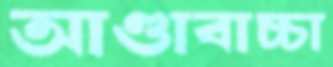
আণ্ডাবাচ্চা